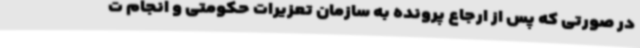
در صورتی که پس از ارجاع پرونده به سازمان تعزیرات حکومتی و انجام ت